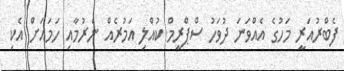
ފެބްރުއަރީ މަހުގެ އެއްވަނަ ދުވަހު ސްޕްރީމް ކުއްލި އަމުރެއް ނެރުމާއި ހަމައަށް އެކި